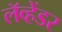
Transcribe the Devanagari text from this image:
लॅव्हेंडर